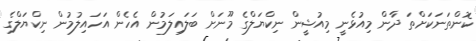
ކޮންތަނަކަަށްތަ ދާން މިއުޅެނީ މިއުޝީން ނިކްޔަލްގެ މޫނަށް ބަލައިލަމުން އެހެން އަހައިލުމުން ނިކްޔަލްގެ